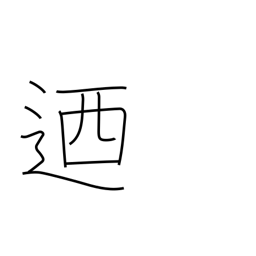
Meaning: in other words